Civil Veterinary Department Bengal reports 1923-33 - 1923-1933
Year: 1923
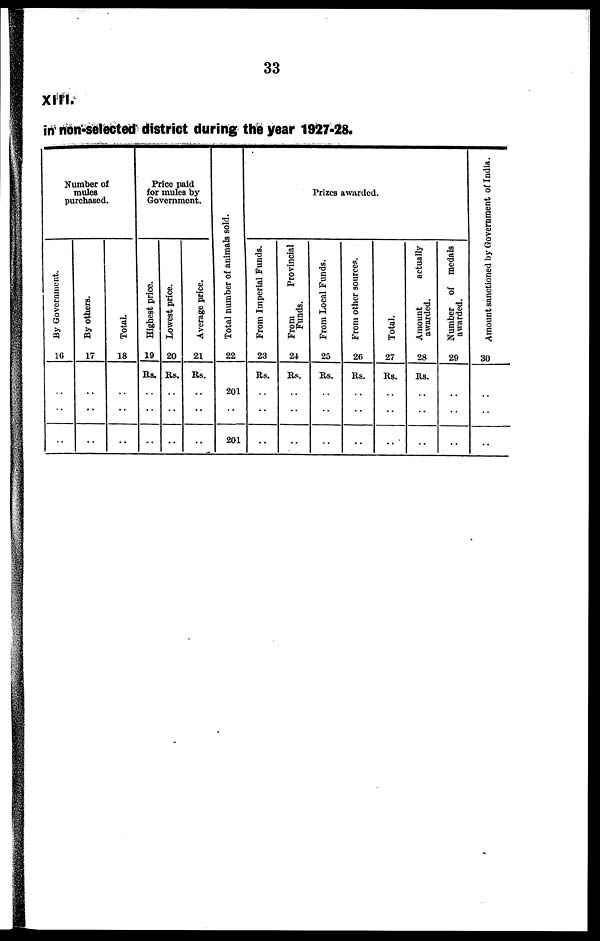
33
XIII.
in non-selected district during the year 1927-28.
Number of
mules
purchased.
By Government.
-
16
..
..
By others.
17
..
..
Total.
18
..
..
Price paid
for mules by
Government.
Highest price.
19
Rs.
..
..
Lowest price.
20
Rs.
..
..
Average price.
21
Rs.
..
..
Total number of animals sold.
22
201
201
Prizes awarded.
From Imperial Funds.
23
Rs.
..
..
From
Provincial
Funds.
24
Rs.
..
..
From Local Funds.
25
Rs.
..
..
From other sources.
26
Rs.
..
..
Total.
27
Rs.
..
..
Amount
actually
awarded.
28
Rs.
..
..
Number of medals
awarded.
29
..
..
Amount sanctioned by Government of India.
30
..
..